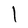
Character: l